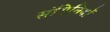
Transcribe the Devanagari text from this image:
संगिनियों